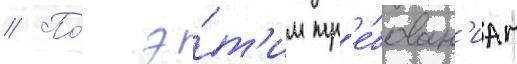
// По́ э́т'им тр'е́бован'иам